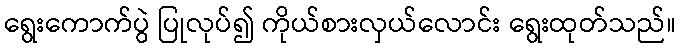
ရွေးကောက်ပွဲ ပြုလုပ်၍ ကိုယ်စားလှယ်လောင်း ရွေးထုတ်သည်။